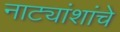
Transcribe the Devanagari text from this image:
नाट्यांशांचे